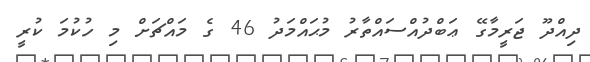
ދިއްދޫ ޖަރީމާގޭ ޢަބްދުއްސައްތާރު މުޙައްމަދު 46 ގެ މައްޗަށް މި ހުކުމަ ކުރީ